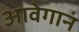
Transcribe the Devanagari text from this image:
आवेगानं